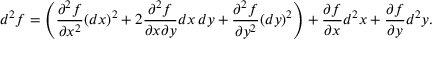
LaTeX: d ^ { 2 } f = \left( { \frac { \partial ^ { 2 } f } { \partial x ^ { 2 } } } ( d x ) ^ { 2 } + 2 { \frac { \partial ^ { 2 } f } { \partial x \partial y } } d x \, d y + { \frac { \partial ^ { 2 } f } { \partial y ^ { 2 } } } ( d y ) ^ { 2 } \right) + { \frac { \partial f } { \partial x } } d ^ { 2 } x + { \frac { \partial f } { \partial y } } d ^ { 2 } y .